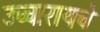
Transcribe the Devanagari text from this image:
उच्चारायचे